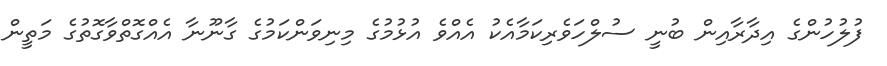
ފުލުހުންގެ އިދާރާއިން ބުނީ ސުލްހަވެރިކަމާއެކު އެއްވެ އުޅުމުގެ މިނިވަންކަމުގެ ގާނޫނާ އެއްގޮތްވާގޮތުގެ މަތީން